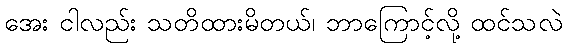
အေး ငါလည်း သတိထားမိတယ်၊ ဘာကြောင့်လို့ ထင်သလဲ